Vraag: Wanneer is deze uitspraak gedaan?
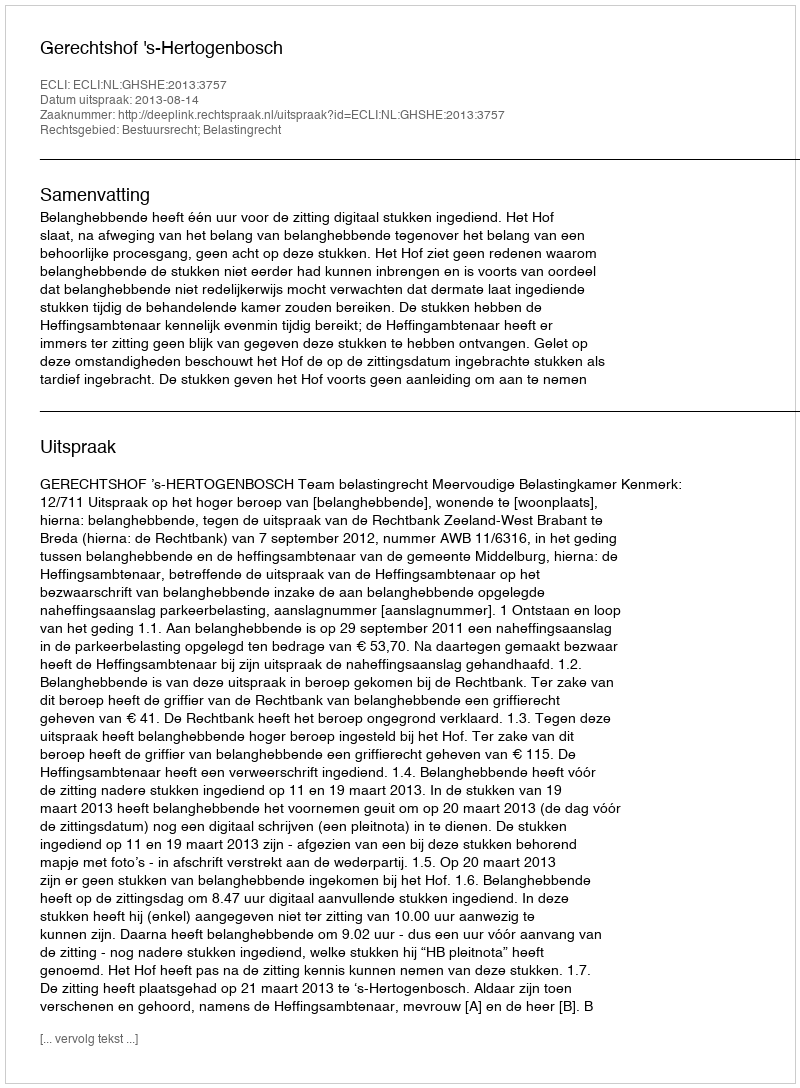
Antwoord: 2013-08-14